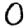
Digit: 0